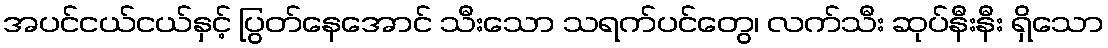
အပင်ငယ်ငယ်နှင့် ပြွတ်နေအောင် သီးသော သရက်ပင်တွေ၊ လက်သီး ဆုပ်နီးနီး ရှိသော